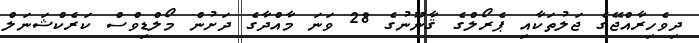
ދިވެހިރާއްޖޭގެ ޖަލުތަކާއި ޕެރޯލްގެ ޤާނޫނުގެ 28 ވަނަ މާއްދާގެ ދަށުން މޯލްޑިވްސް ކަރެކްޝަނަލް